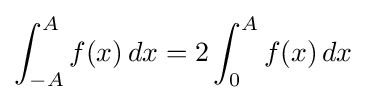
\int _{-A}^{A}f(x)\,dx=2\int _{0}^{A}f(x)\,dx